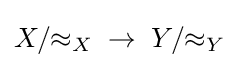
X/{\approx _{X}}\;\to \;Y/{\approx _{Y}}